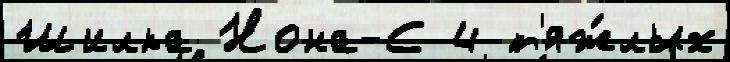
Шилка Нона-С 4 т'яж́лых